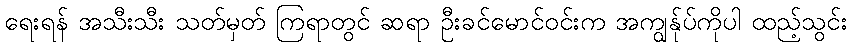
ရေးရန် အသီးသီး သတ်မှတ် ကြရာတွင် ဆရာ ဦးခင်မောင်ဝင်းက အကျွန်ုပ်ကိုပါ ထည့်သွင်း